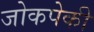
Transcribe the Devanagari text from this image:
जोकपेकी